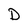
Character: D